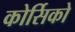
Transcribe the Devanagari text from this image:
कोर्सिको